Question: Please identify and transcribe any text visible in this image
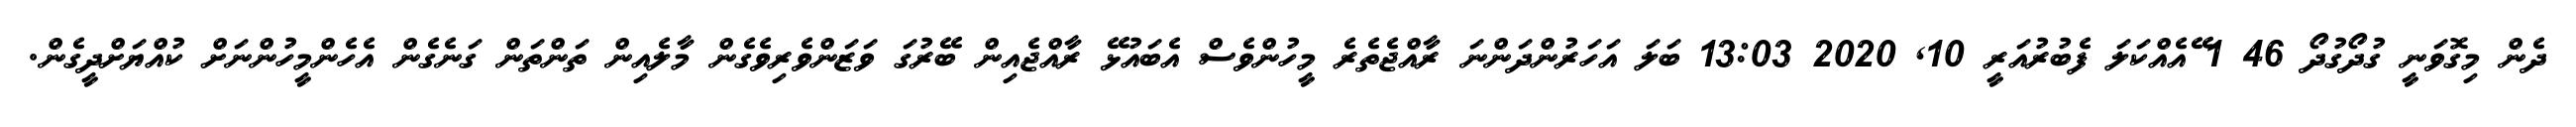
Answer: ދެން މިގޮވަނީ ގުދޯގުދޯ 46 1 ޭއެއްކަލަ ފެބުރުއަރީ 10, 2020 13:03 ބަލަ އަހަރުންދަންނަ ރާއްޖެތެރެ މީހުންވެސް އެބައުޅޭ ރާއްޖެއިން ބޭރުގަ ވަޒަންވެރިވެގެން މާލެއިން ތަންތަން ގަނެގެން އެހެންމީހުންނަށް ކުއްޔަށްދީގެން.